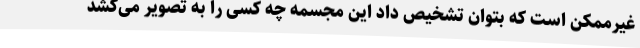
غیرممکن است که بتوان تشخیص داد این مجسمه چه کسی را به تصویر می‌کشد